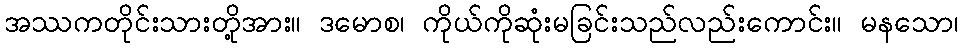
အဿကတိုင်းသားတို့အား။ ဒမောစ၊ ကိုယ်ကိုဆုံးမခြင်းသည်လည်းကောင်း။ မနသော၊